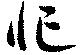
忙